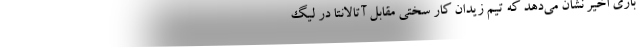
بازی اخیر نشان می‌دهد که تیم زیدان کار سختی مقابل آتالانتا در لیگ